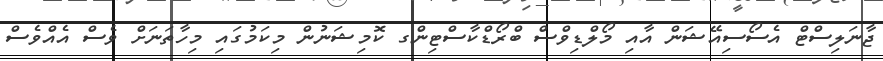
ޖާނަލިސްޓް އެސޯސިއޭޝަން އާއި މޯލްޑިވްސް ބްރޯޑްކާސްޓިންގ ކޮމިޝަނުން މިކަމުގައި މިހާތަނަށް ވެސް އެއްވެސް